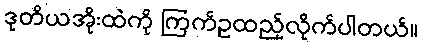
ဒုတိယအိုးထဲကို ကြက်ဥထည့်လိုက်ပါတယ်။